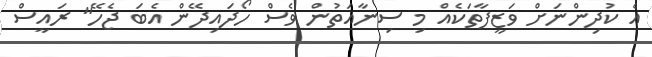
އެ ކުދިންނަށް ވަޒީފާތަކެއް މި ސިނާއަތުން ވެސް ހޯދައިދޭން އެބަ ޖެހޭ" ރައީސް